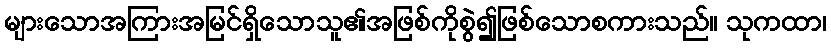
များသောအကြားအမြင်ရှိသောသူ၏အဖြစ်ကိုစွဲ၍ဖြစ်သောစကားသည်။ သုကထာ၊